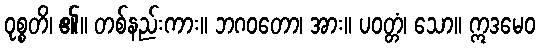
ဝုစ္စတိ၊ ၏။ တစ်နည်းကား။ ဘဂဝတော၊ အား။ ပဝတ္တံ၊ သော။ ဣဒမေဝ